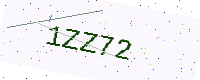
Text: 1ZZ72